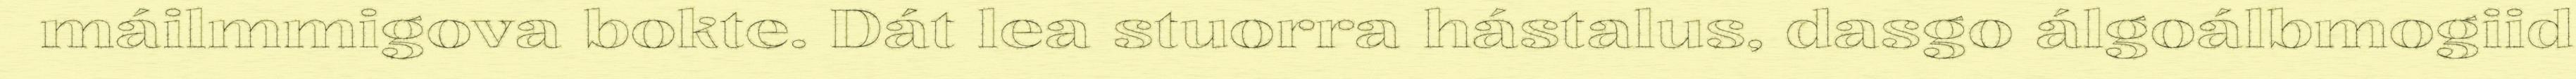
máilmmigova bokte. Dát lea stuorra hástalus, dasgo álgoálbmogiid